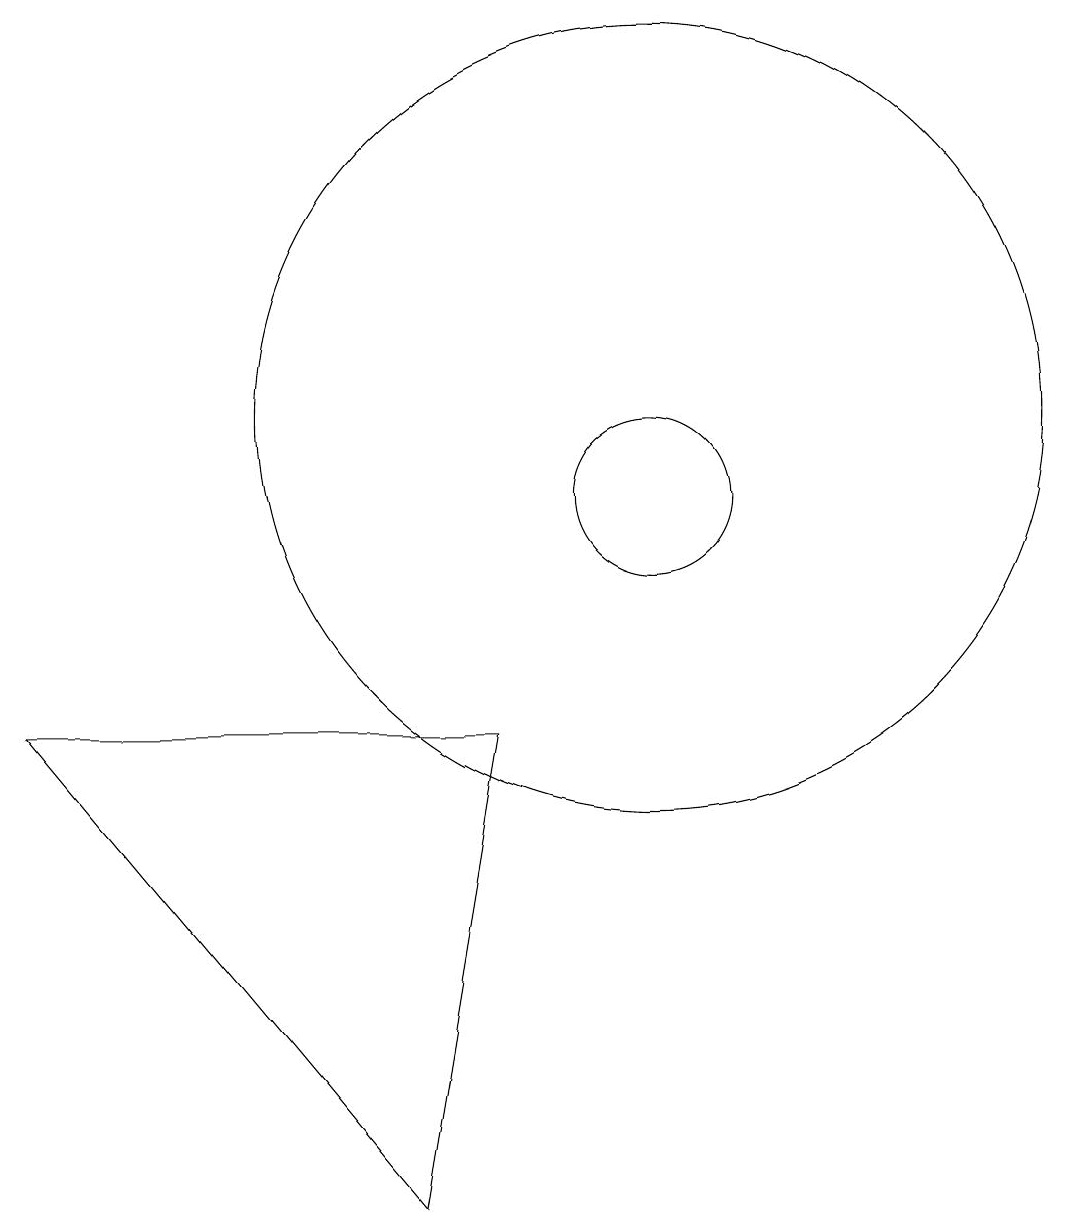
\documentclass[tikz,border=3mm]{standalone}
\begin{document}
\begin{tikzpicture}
\draw (8,1) -- (9,7) -- (3,7) -- cycle;
\draw (11,11) circle (5);
\draw (11,10) circle (1);
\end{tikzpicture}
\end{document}